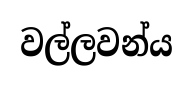
වල්ලවන්ය